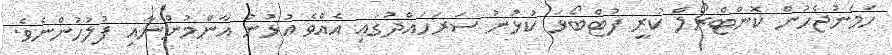
ހަމަނުޖެހުން ކޮންޓްރޯލް ކުރީ ފުޓްބޯޅަ ކުޅުނު ސަރަހައްދުގައި އެއްވެ އުޅުނު އާންމުންނާއި ފުލުހުންނެވެ.